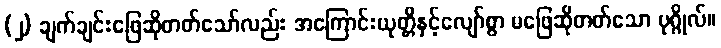
(၂) ချက်ချင်းဖြေဆိုတတ်သော်လည်း အကြောင်းယုတ္တိနှင့်လျော်စွာ မဖြေဆိုတတ်သော ပုဂ္ဂိုလ်။